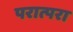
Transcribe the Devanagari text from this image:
परात्परा